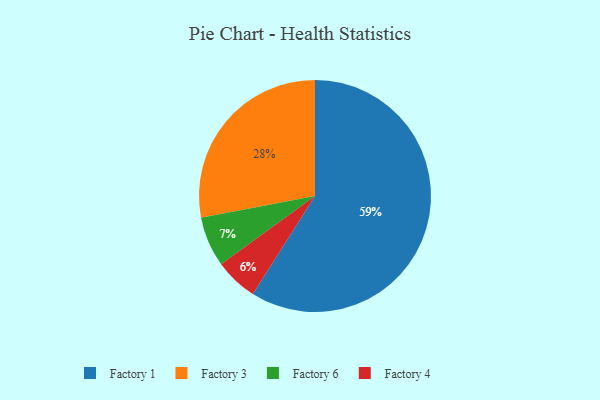
{"axis": {"x": "Category", "y": "Percentage"}, "legend": ["Factory 1", "Factory 3", "Factory 4", "Factory 6"], "data": [{"x": "Factory 4", "y": 6, "type": "Factory 4"}, {"x": "Factory 3", "y": 28, "type": "Factory 3"}, {"x": "Factory 1", "y": 59, "type": "Factory 1"}, {"x": "Factory 6", "y": 7, "type": "Factory 6"}]}